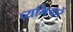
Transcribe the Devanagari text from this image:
व्यभिचारें